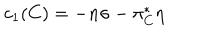
c _ { 1 } ( C ) = - n \sigma - \pi _ { C } ^ { * } \eta